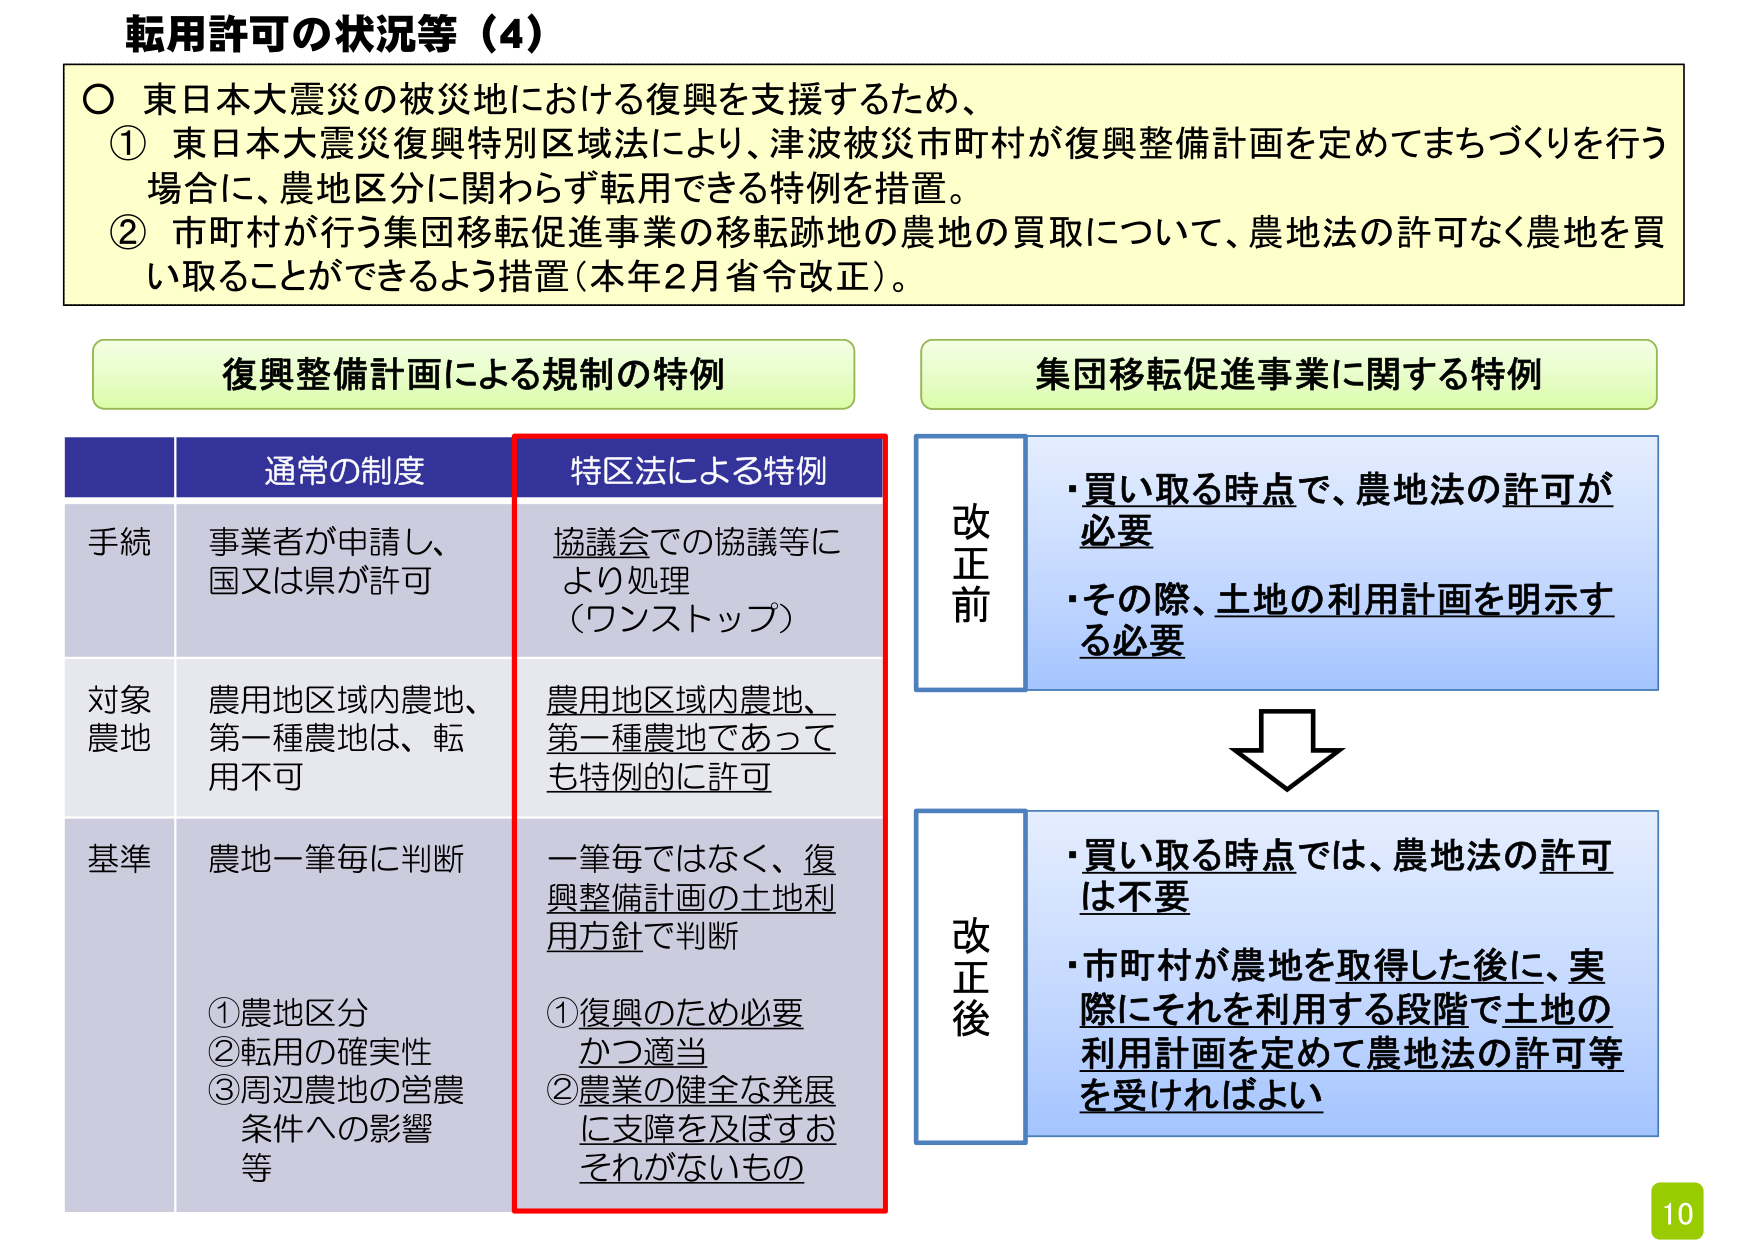
転用許可の状況等（4）

○ 東日本大震災の被災地における復興を支援するため、
① 東日本大震災復興特別区域法により、津波被災市町村が復興整備計画を定めてまちづくりを行う場合に、農地区分に関わらず転用できる特例を措置。
② 市町村が行う集団移転促進事業の移転跡地の農地の買取について、農地法の許可なく農地を買い取ることができるように措置（本年2月省令改正）。

復興整備計画による規制の特例

通常の制度 特区法による特例
手続 事業者が申請し、国又は県が許可 協議会での協議等により処理（ワンストップ）
対象農地 農用地区域内農地、第一種農地は、転用不可 農用地区域内農地、第一種農地であっても特例的に許可
基準 農地一筆毎に判断 一筆毎ではなく、復興整備計画の土地利用方針で判断
①農地区分 ②転用の確実性 ③周辺農地の営農条件への影響等 ①復興のため必要かつ適当 ②農業の健全な発展に支障を及ぼすおそれがないもの

集団移転促進事業に関する特例

改正前
・買い取る時点で、農地法の許可が必要
・その際、土地の利用計画を明示する必要

改正後
・買い取る時点では、農地法の許可は不要
・市町村が農地を取得した後に、実際にそれを利用する段階で土地の利用計画を定めて農地法の許可等を受けければよい

10